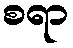
စရာ